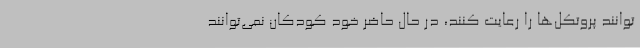
‌توانند پروتکل‌ها را رعایت کنند، در حال حاضر خود کودکان نمی‌توانند